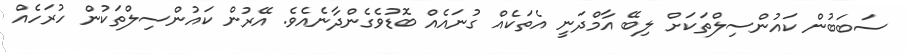
ސަބަބުން ކައުންސިލްތަކަށް ލިބޭ އާމްދަނީ އެތަކެއް ގުނައެއް ބޮޑުވެގެންދާނެއެވެ. އޭރުން ކައުންސިލްތަކުން ހުރަހެއް